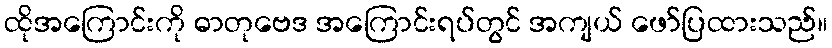
ထိုအကြောင်းကို ဓာတုဗေဒ အကြောင်းရပ်တွင် အကျယ် ဖော်ပြထားသည်။